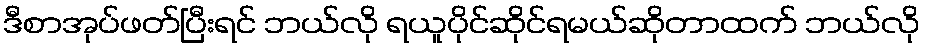
ဒီစာအုပ်ဖတ်ပြီးရင် ဘယ်လို ရယူပိုင်ဆိုင်ရမယ်ဆိုတာထက် ဘယ်လို